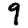
Digit: 9